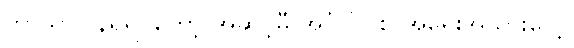
ဘာသာပြန်ရရင်တော့ အဆင့်မီ အင်္ဂလိပ်စာအရေးအသားပေါ့။